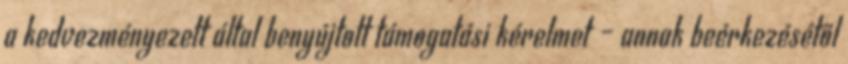
a kedvezményezett által benyújtott támogatási kérelmet – annak beérkezésétől